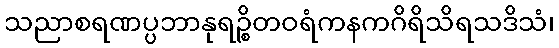
သညာစရဏပ္ပဘာနုရဉ္စိတဝရံကနကဂိရိသိရသဒိသံ၊